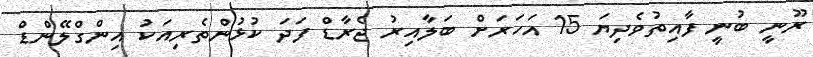
ރޫނީ ބުނީ ފާއިތުވެދިޔަ 15 އަހަރަށް ބަލާއިރު ޖެރާޑް ފަދަ ކުޅުންތެރިއަކު އިންގްލޭންޑް